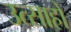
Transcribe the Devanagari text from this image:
उत्साहों